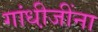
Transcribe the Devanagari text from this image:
गांधी़जींना